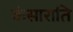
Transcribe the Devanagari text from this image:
कंसाराति